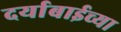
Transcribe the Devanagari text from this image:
दर्याबाईच्या